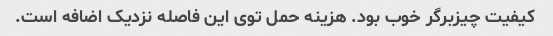
کیفیت چیزبرگر خوب بود. هزینه حمل توی این فاصله نزدیک اضافه است.